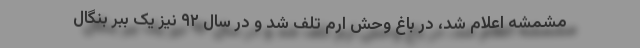
مشمشه اعلام شد، در باغ وحش ارم تلف شد و در سال ۹۲ نیز یک ببر بنگال